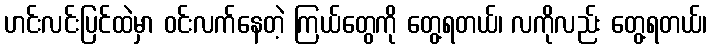
ဟင်းလင်းပြင်ထဲမှာ ဝင်းလက်နေတဲ့ ကြယ်တွေကို တွေ့ရတယ်၊ လကိုလည်း တွေ့ရတယ်၊